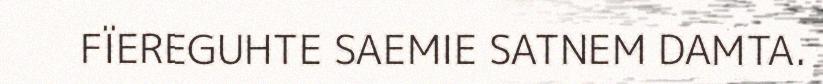
FÏEREGUHTE SAEMIE SATNEM DAMTA.